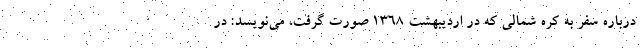
درباره سفر به کره شمالی که در اردیبهشت ۱۳۶۸ صورت گرفت، می‌نویسد: در